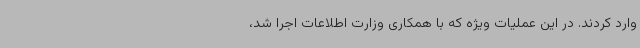
وارد کردند. در این عملیات ویژه که با همکاری وزارت اطلاعات اجرا شد،